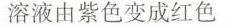
溶液由紫色变成红色